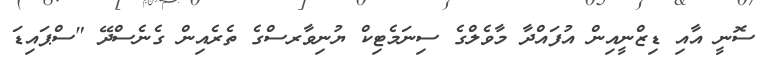
ސޮނީ އާއި ޑިޒްނީއިން އުފައްދާ މާވެލްގެ ސިނަމެޓިކް ޔުނިވާރސްގެ ތެރެއިން ގެނެސްދޭ "ސްޕައިޑަ